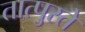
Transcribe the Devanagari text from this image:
तात्पुरतेे